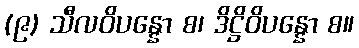
(၉) သီလဝိပန္နော စ၊ ဒိဋ္ဌိဝိပန္နော စ။